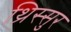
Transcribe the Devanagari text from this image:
थ्रिस्सुर